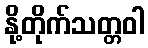
နို့တိုက်သတ္တဝါ